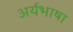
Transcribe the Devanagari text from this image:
अर्यभाषा